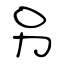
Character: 另